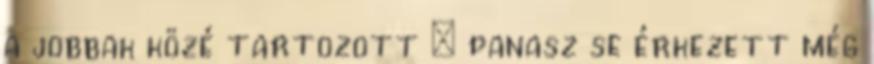
a jobbak közé tartozott : panasz se érkezett még